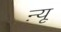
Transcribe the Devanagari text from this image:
ऩ्यू